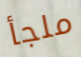
ملجأ